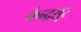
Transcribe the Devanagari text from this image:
केन्द्रसुर